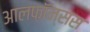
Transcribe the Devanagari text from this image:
आलफ़ॉन्सस